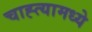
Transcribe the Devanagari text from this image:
चाह्त्यामध्ये